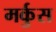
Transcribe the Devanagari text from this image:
मर्कुस